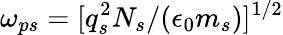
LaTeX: {\omega_{ps}=[q_{s}^{2}N_{s}/(\epsilon_{0}m_{s})]^{1/2}}